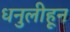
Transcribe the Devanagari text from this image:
धनुलीहून